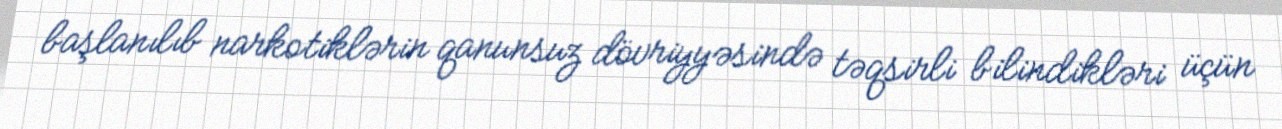
başlanılıb narkotiklərin qanunsuz dövriyyəsində təqsirli bilindikləri üçün